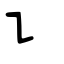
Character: ㇊